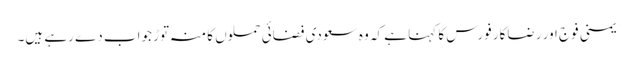
یمنی فوج اور رضاکار فورس کا کہنا ہے کہ وہ سعودی فضائی حملوں کا منہ توڑ جواب دے رہے ہیں۔